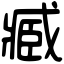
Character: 臧